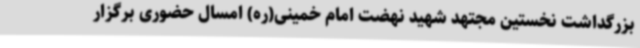
بزرگداشت نخستین مجتهد شهید نهضت امام خمینی(ره) امسال حضوری برگزار